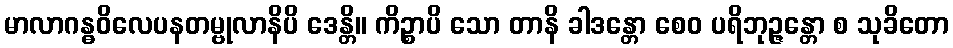
မာလာဂန္ဓဝိလေပနတမ္ဗုလာနိပိ ဒေန္တိ။ ကိဉ္စာပိ သော တာနိ ခါဒန္တော စေဝ ပရိဘုဉ္ဇန္တော စ သုခိတော